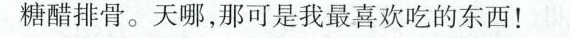
糖醋排骨。天哪，那可是我最喜欢吃的东西！